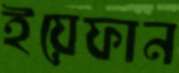
ইয়েফান